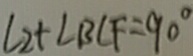
\angle 2 + \angle B C F = 9 0 ^ { \circ }